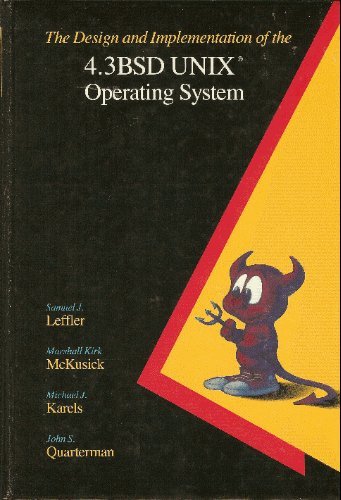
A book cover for The Design and Implementation of the 4.3 Bsd Unix Operating System: Answer Book (Addison-Wesley series in computer science); Samuel J. Leffler; Computers & Technology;